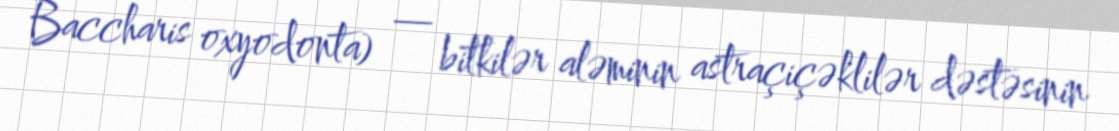
Baccharis oxyodonta) — bitkilər aləminin astraçiçəklilər dəstəsinin